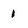
Character: 1